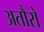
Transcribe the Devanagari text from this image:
अतौरो